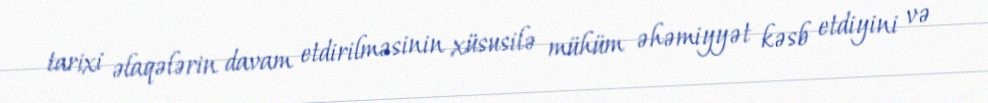
tarixi əlaqələrin davam etdirilməsinin xüsusilə mühüm əhəmiyyət kəsb etdiyini və